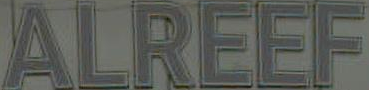
ALREEF